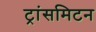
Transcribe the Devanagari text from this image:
ट्रांसमिटन